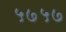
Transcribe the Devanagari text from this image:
५७५७